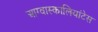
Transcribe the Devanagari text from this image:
आग्वास्कालियांटेस